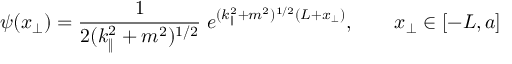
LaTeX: \psi ( x _ { \bot } ) = \frac { 1 } { 2 ( k _ { \| } ^ { 2 } + m ^ { 2 } ) ^ { 1 / 2 } } \; e ^ { ( k _ { \| } ^ { 2 } + m ^ { 2 } ) ^ { 1 / 2 } ( L + x _ { \bot } ) } , \qquad x _ { \bot } \in [ - L , a ]